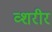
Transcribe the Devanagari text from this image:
व्शरीर